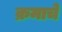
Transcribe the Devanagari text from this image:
क्रमाचे